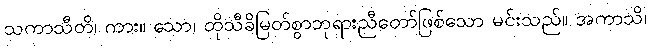
သကာသီတိ၊ ကား။ သော၊ ထိုသီခိမြတ်စွာဘုရားညီတော်ဖြစ်သော မင်းသည်။ အကာသိ၊